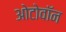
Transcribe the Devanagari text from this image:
ओटोवॉन